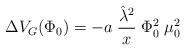
LaTeX: \begin{align*}\Delta V_G(\Phi_0)= -a \; \frac {{\hat{\lambda}}^2} {x} \; \Phi_0^2 \; \mu_0^2\end{align*}